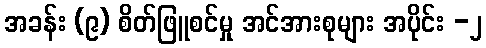
အခန်း (၉) စိတ်ဖြူစင်မှု အင်အားစုများ အပိုင်း -၂